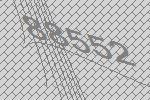
88552